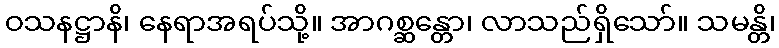
ဝသနဋ္ဌာနိ၊ နေရာအရပ်သို့။ အာဂစ္ဆန္တော၊ လာသည်ရှိသော်။ သမန္တိ၊